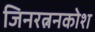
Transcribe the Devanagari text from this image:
जिनरत्ननकोश